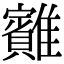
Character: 䨈